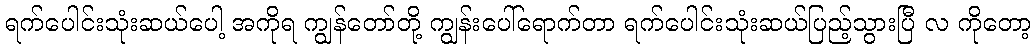
ရက်ပေါင်းသုံးဆယ်ပေါ့ အကိုရ ကျွန်တော်တို့ ကျွန်းပေါ်ရောက်တာ ရက်ပေါင်းသုံးဆယ်ပြည့်သွားပြီ လ ကိုတော့